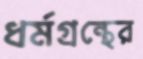
ধর্মগ্রন্থের